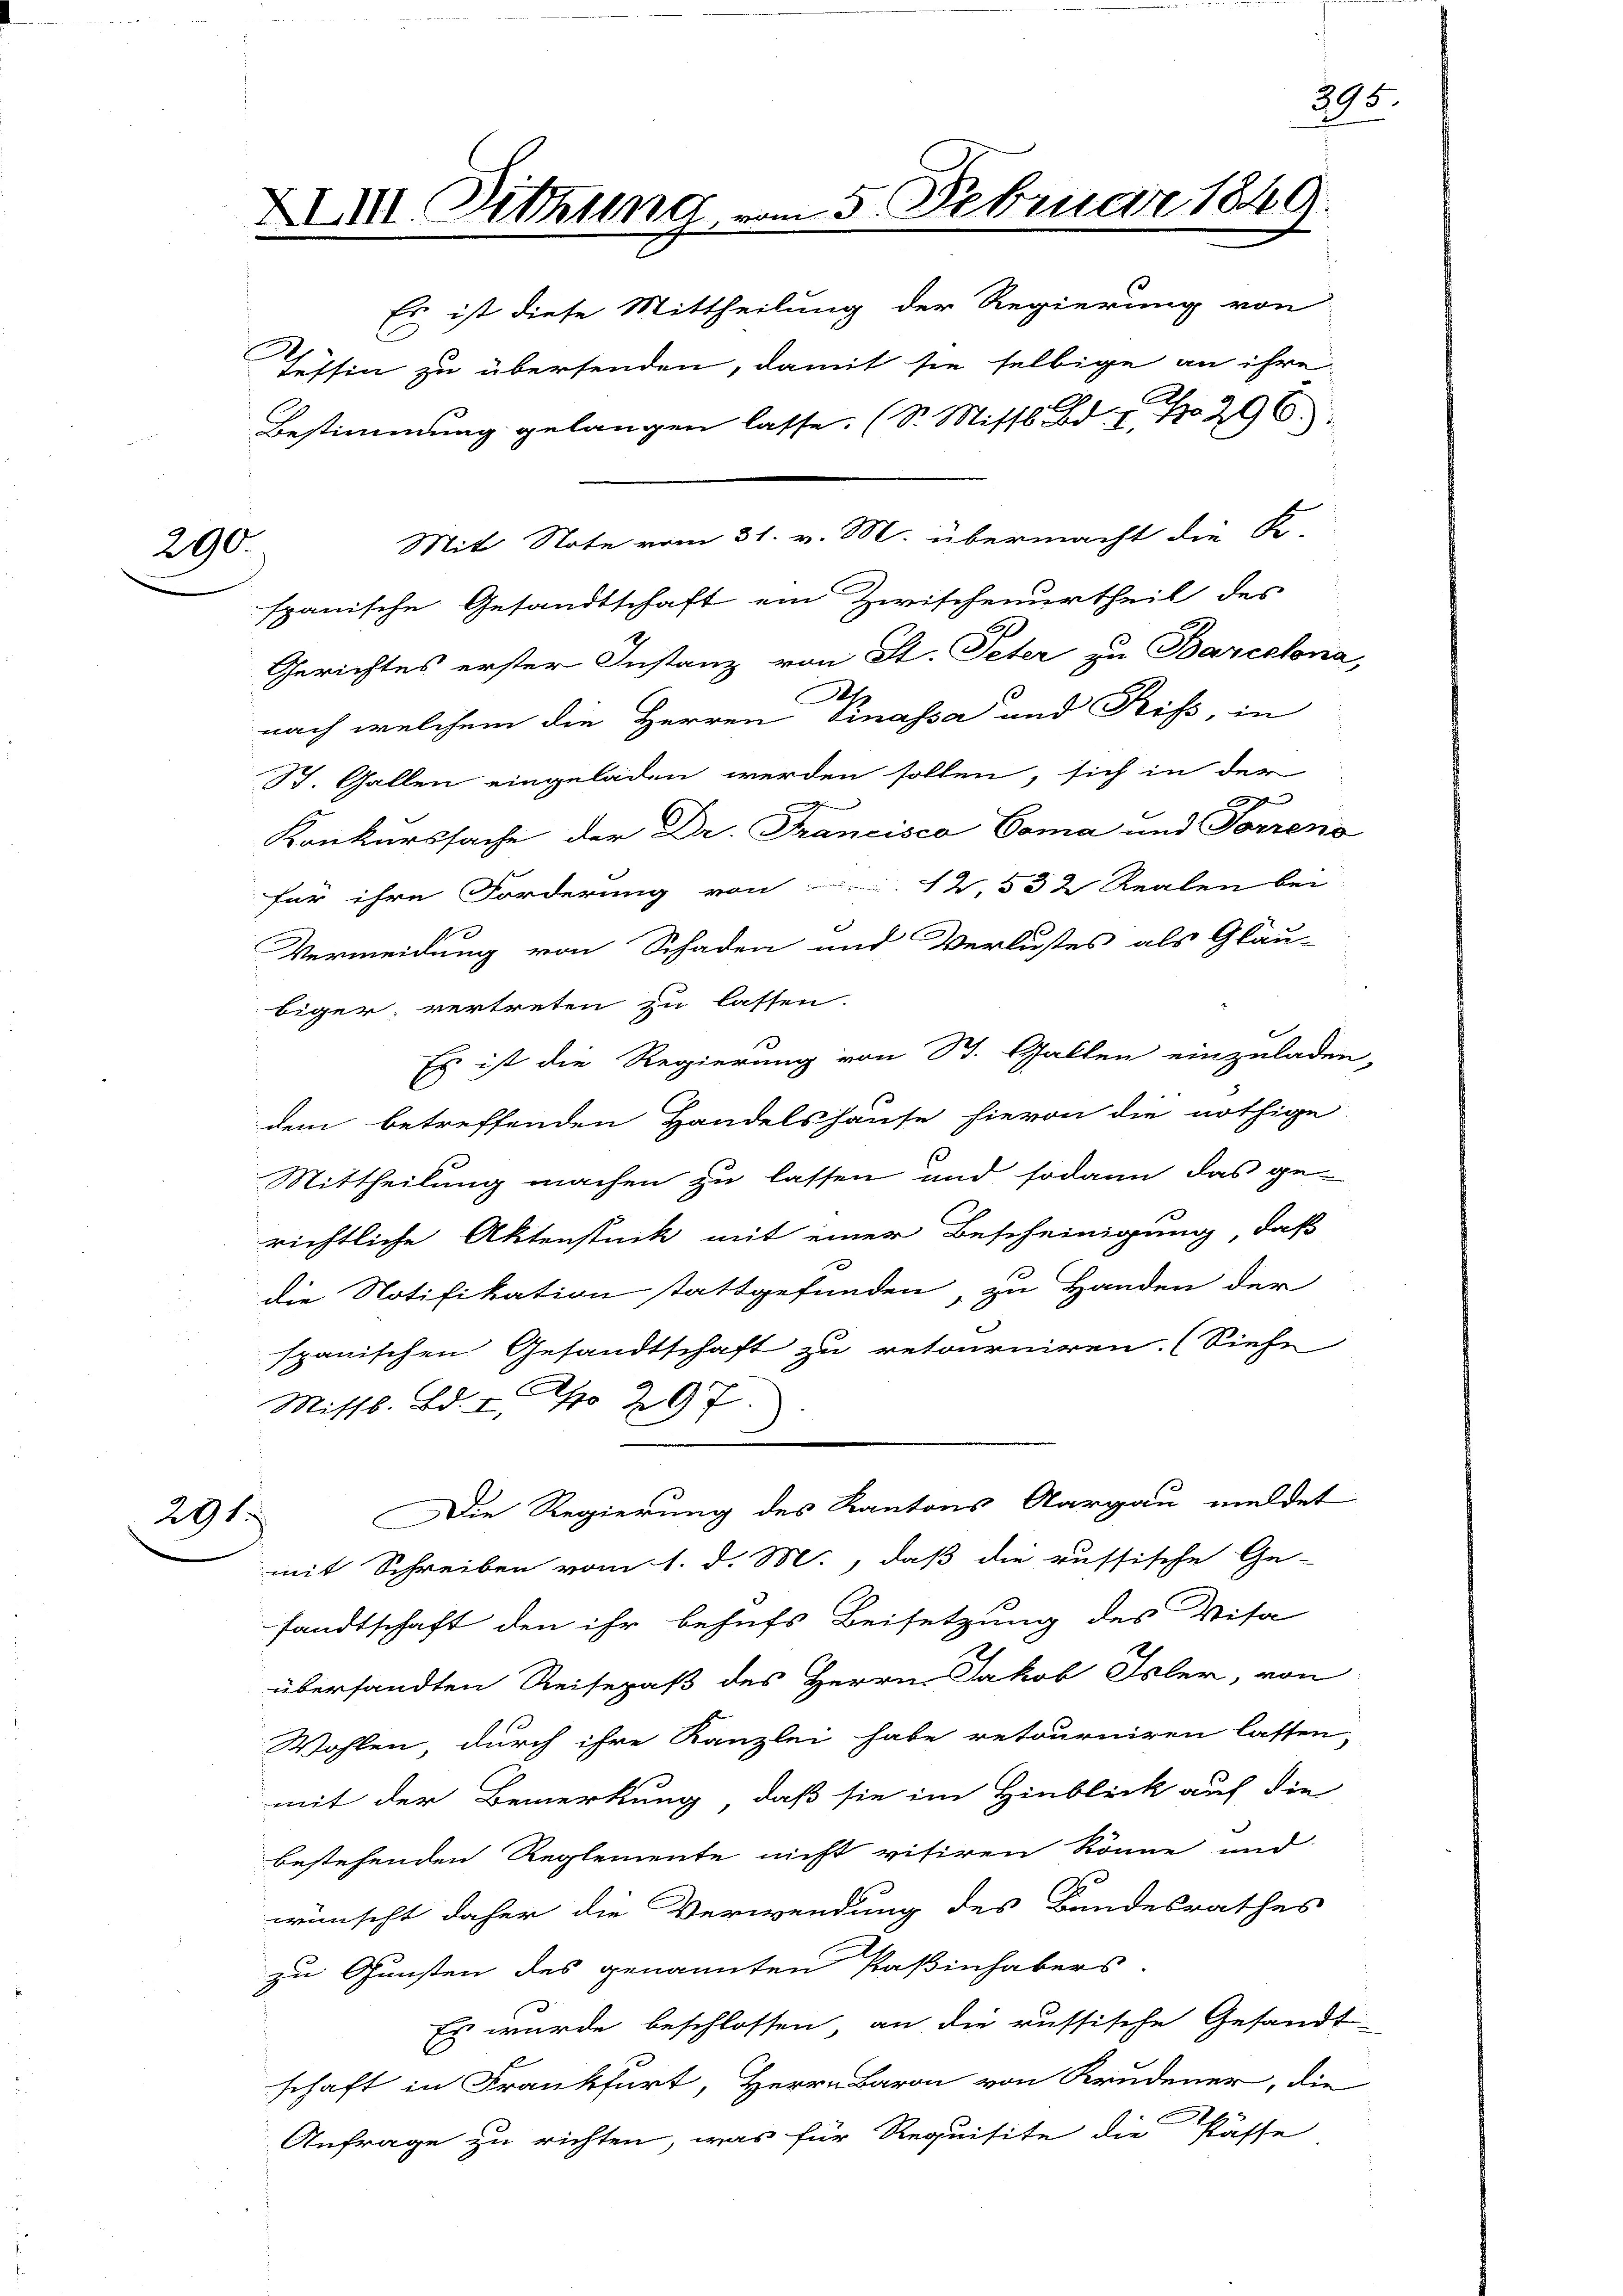
290.

291.

XXIII. Sitzung vom 5. Februar 1849
Es ist diese Mittheilung der Regierung von
Tessin zu übersenden, damit sie selbige an ihre
Bestimmung gelangen lasse. (S. Mittl. Bd. 7. No. 296.
Mit Note vom 31. v. M. übermacht die Ko-
spanische Gesandtschaft ein Zwischenurtheil des
Gerichtes erster Instanz von St. Peter zu Barecton

St. Gallen eingeladen werden sollen, sich in der

Konkurssache der Dr. Francisco Coma und Forren
für ihre Forderung von 12,532 Realen bei
t
Vermeidung von Schaden und Verlustes als Gläu-
biger vertreten zu lassen.
Es ist die Regierung von St. Gallen einzulad
dem betreffenden Handelshause hievon die nöthige
Mittheilung machen zu lassen und sodann das ge-
richtliche Aktenstück mit einer Bescheinigung, daß
die Notifikation stattgefunden, zu Handen der
spanischen Gesandtschaft zu retourniren. (Siehe
Mittl. Bd. I, No 297.
Die Regierung des Kantons Aargau meldet
mit Schreiben vom 1. d. M., daß die russische Ge-
sandtschaft den ihr behufs Beisetzung des Visa
übersandten Reisepaß des Herrn Jakob Isler, von
Wohlen, durch ihre Kanzlei habe retourniren lassen
mit der Bemerkung, daß sie im Hinblick auf die
bestehenden Reglemente nicht vitiren könne und
wünscht daher die Verwendung des Bandesrathes
zu Gunsten des genannten Paßinhabers
Es wurde beschlossen, an die russische Gesandt-
schaft in Frankfurt, Herrn Baron von Brudener, die
Anfrage zu richten, was für Requisite die Pässe,

nach welchem die Herren Pinassa und Riss, in

395.

a

im

.

e

7